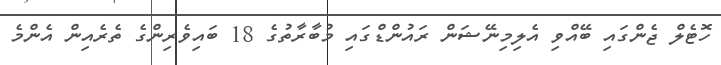
ހޮޓެލް ޖެންގައި ބޭއްވި އެލިމިނޭޝަން ރައުންޑްގައި މުބާރާތުގެ 18 ބައިވެރިންގެ ތެރެއިން އެންމެ